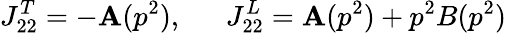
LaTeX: J_{22}^{T}=-\mathbf{A}(p^{2}),\ \ \ \ \ \ J_{22}^{L}=\mathbf{A}(p^{2})+p^{2}B(p^{2})